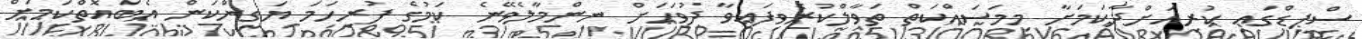
ސްޕީޑްގައި ކުރިއަށްދާކަމަށާ މިމަސައްކަތް ތަވާލްކުރެވިފައިވާ ދުވަހަށް ނިންމާލެވޭނެ ކަމުގެ ފުރިހަމަ ޔަގީންކަން އެބައޮތްކަމަށް